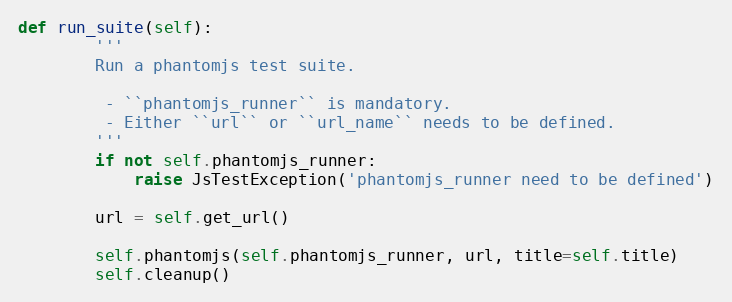
Language: Python
def run_suite(self):
        '''
        Run a phantomjs test suite.

         - ``phantomjs_runner`` is mandatory.
         - Either ``url`` or ``url_name`` needs to be defined.
        '''
        if not self.phantomjs_runner:
            raise JsTestException('phantomjs_runner need to be defined')

        url = self.get_url()

        self.phantomjs(self.phantomjs_runner, url, title=self.title)
        self.cleanup()